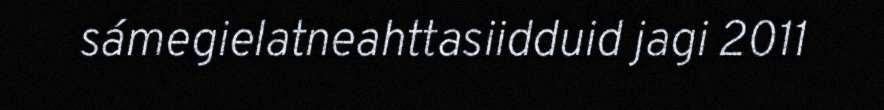
sámegielatneahttasiidduid jagi 2011